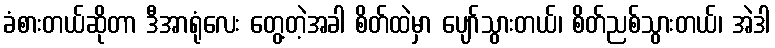
ခံစားတယ်ဆိုတာ ဒီအာရုံလေး တွေ့တဲ့အခါ စိတ်ထဲမှာ ပျော်သွားတယ်၊ စိတ်ညစ်သွားတယ်၊ အဲဒါ